Specificity of antivenomous sera (second communication) - Number 10
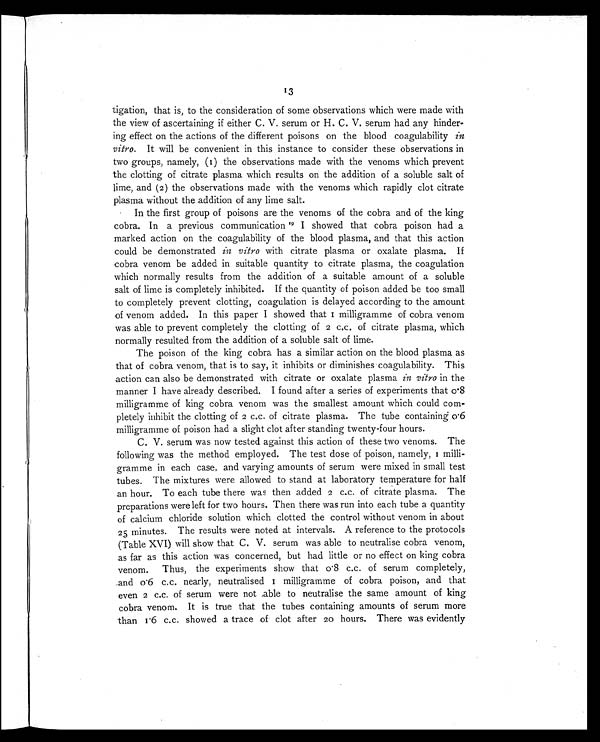
13
tigation, that is, to the consideration of some observations which were made with
the view of ascertaining if either C. V. serum or H. C. V. serum had any hinder-
ing effect on the actions of the different poisons on the blood coagulability in
vitro. It will be convenient in this instance to consider these observations in
two groups, namely, (1) the observations made with the venoms which prevent
the clotting of citrate plasma which results on the addition of a soluble salt of
lime, and (2) the observations made with the venoms which rapidly clot citrate
plasma without the addition of any lime salt.
In the first group of poisons are the venoms of the cobra and of the king
cobra. In a previous communication19I showed that cobra poison had a
marked action on the coagulability of the blood plasma, and that this action
could be demonstrated in vitro with citrate plasma or oxalate plasma. If
cobra venom be added in suitable quantity to citrate plasma, the coagulation
which normally results from the addition of a suitable amount of a soluble
salt of lime is completely inhibited. If the quantity of poison added be too small
to completely prevent clotting, coagulation is delayed according to the amount
of venom added. In this paper I showed that 1 milligramme of cobra venom
was able to prevent completely the clotting of 2 c.c. of citrate plasma, which
normally resulted from the addition of a soluble salt of lime.
The poison of the king cobra has a similar action on the blood plasma as
that of cobra venom, that is to say, it inhibits or diminishes coagulability. This
action can also be demonstrated with citrate or oxalate plasma in vitro in the
manner I have already described. I found after a series of experiments that 0.8
milligramme of king cobra venom was the smallest amount which could com-
pletely inhibit the clotting of 2 c.c. of citrate plasma. The tube containing 0.6
milligramme of poison had a slight clot after standing twenty-four hours.
C. V. serum was now tested against this action of these two venoms. The
following was the method employed. The test dose of poison, namely, 1 milli-
gramme in each case, and varying amounts of serum were mixed in small test
tubes. The mixtures were allowed to stand at laboratory temperature for half
an hour. To each tube there was then added 2 c.c. of citrate plasma. The
preparations were left for two hours. Then there was run into each tube a quantity
of calcium chloride solution which clotted the control without venom in about
25 minutes. The results were noted at intervals. A reference to the protocols
(Table XVI) will show that C. V. serum was able to neutralise cobra venom,
as far as this action was concerned, but had little or no effect on king cobra
venom. Thus, the experiments show that 0.8 c.c. of serum completely,
and 0.6 c.c. nearly, neutralised 1 milligramme of cobra poison, and that
even 2 c.c. of serum were not able to neutralise the same amount of king
cobra venom. It is true that the tubes containing amounts of serum more
than 1.6 c.c. showed a trace of clot after 20 hours. There was evidently